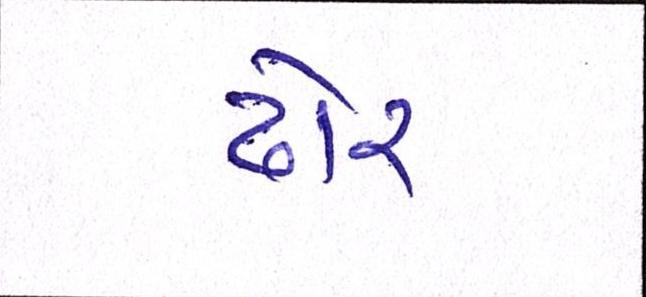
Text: ઢોર